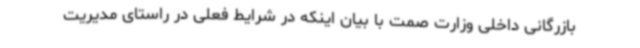
بازرگانی داخلی وزارت صمت با بیان اینکه در شرایط فعلی در راستای مدیریت